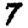
Digit: 7